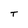
Character: T